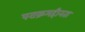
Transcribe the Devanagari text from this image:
पराक्रमहीनता